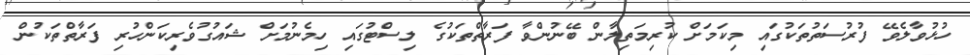
ހުޅުވާލެވޭ ފުރުސަތުތަކުގައި މިކަމަށް ކުރިމަތިލާން ބޭނުންވާ ފަރާތްތަކުގެ ލިސްޓުގައި ހިމެނުމަށް ޝައުގުވެރިކަންހުރި ފަރާތްތަކުން